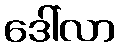
ဒေါ်လာ